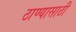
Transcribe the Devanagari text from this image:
ठाण्यासाठी